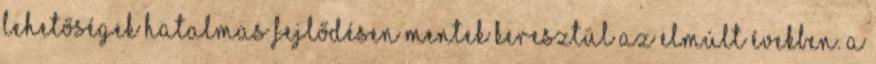
lehetőségek hatalmas fejlődésen mentek keresztül az elmúlt években. A